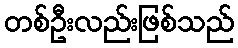
တစ်ဦးလည်းဖြစ်သည်